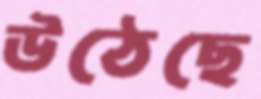
উঠেছে